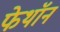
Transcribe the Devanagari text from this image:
फेथॉन